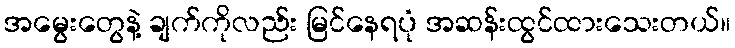
အမွေးတွေနဲ့ ချက်ကိုလည်း မြင်နေရပုံ အဆန်းထွင်ထားသေးတယ်။